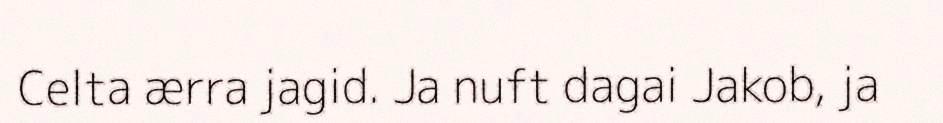
Celta ærra jagid. Ja nuft dagai Jakob, ja